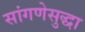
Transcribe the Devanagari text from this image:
सांगणेसुद्धा